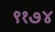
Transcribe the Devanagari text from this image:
९१७४